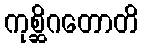
ကုစ္ဆိဂတောတိ